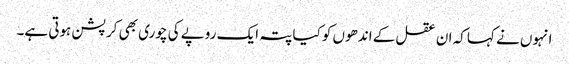
انہوں نے کہا کہ ان عقل کے اندھوں کو کیا پتہ ایک روپے کی چوری بھی کرپشن ہوتی ہے۔